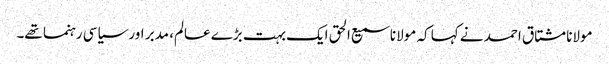
مولانا مشتاق احمد نے کہا کہ مولانا سمیع الحق ایک بہت بڑے عالم، مدبر اور سیاسی رہنما تھے۔